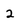
Character: 2